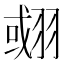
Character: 𦑍